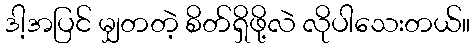
ဒါ့အပြင် မျှတတဲ့ စိတ်ရှိဖို့လဲ လိုပါသေးတယ်။